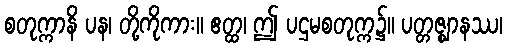
စတုက္ကာနိ ပန၊ တို့ကိုကား။ ဧတ္ထ၊ ဤ ပဌမစတုက္က၌။ ပတ္တဇ္ဈာနဿ၊